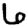
Digit: 6